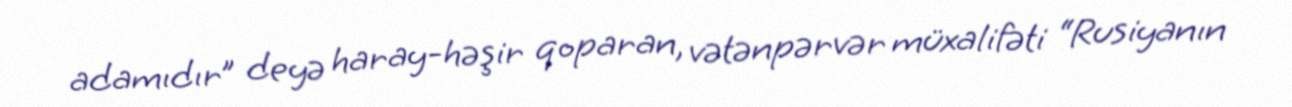
adamıdır” deyə haray-həşir qoparan, vətənpərvər müxalifəti “Rusiyanın